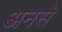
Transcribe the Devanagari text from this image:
अनसे